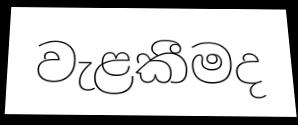
වැළකීමද